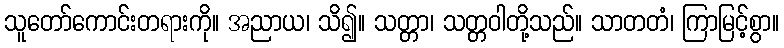
သူတော်ကောင်းတရားကို။ အညာယ၊ သိ၍။ သတ္တာ၊ သတ္တဝါတို့သည်။ သာတတံ၊ ကြာမြင့်စွာ။